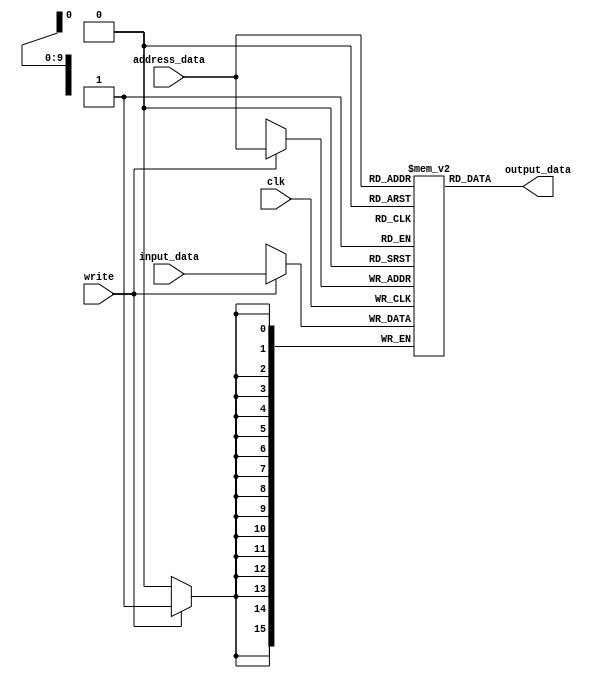
`timescale 1ns / 1ps
//////////////////////////////////////////////////////////////////////////////////
// Company: 
// Engineer: 
// 
// Design Name: 
// Module Name: MU
// Project Name: 
// Target Devices: 
// Tool Versions: 
// Description: 
// 
// Dependencies: 
// 
// Revision:
// Revision 0.01 - File Created
// Additional Comments:
// 
//////////////////////////////////////////////////////////////////////////////////


module MU(
    input wire clk,
    
    input wire write,
    input wire [9:0] address_data,
    input wire [15:0] input_data,
    output wire [15:0] output_data
);

reg [15:0] memory[0:1023];

always @(posedge clk) begin
    if(write==1'b1)
        memory[address_data] = input_data;
end

assign output_data = memory[address_data];

endmodule